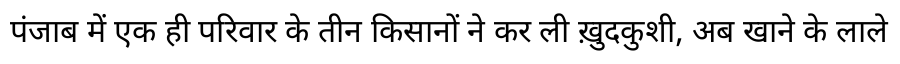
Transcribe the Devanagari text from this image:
पंजाब में एक ही परिवार के तीन किसानों ने कर ली ख़ुदकुशी, अब खाने के लाले